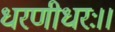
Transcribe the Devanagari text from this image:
धरणीधरः।।